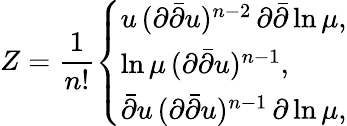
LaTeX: Z=\frac{1}{n!}\left\{ \begin{array}{l}{{u\, (\partial\bar{\partial}u)^{n-2}\, \partial\bar{\partial}\ln\mu,}}\\ {{\ln\mu\, (\partial\bar{\partial}u)^{n-1},}}\\ {{\bar{\partial}u\, (\partial\bar{\partial}u)^{n-1}\, \partial\ln\mu,}}\end{array}\right.